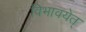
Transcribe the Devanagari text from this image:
विभावयेत्